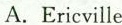
A. Ericville